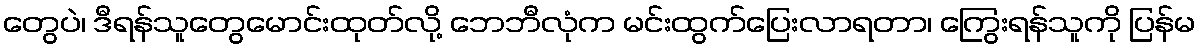
တွေပဲ၊ ဒီရန်သူတွေမောင်းထုတ်လို့ ဘေဘီလုံက မင်းထွက်ပြေးလာရတာ၊ ကြွေးရန်သူကို ပြန်မ